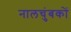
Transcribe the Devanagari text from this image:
नालचुंबकों